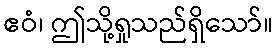
ဧဝံ၊ ဤသို့ရှုသည်ရှိသော်။